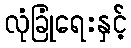
လုံခြုံရေးနှင့်